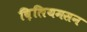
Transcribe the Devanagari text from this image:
व़िलियमसन